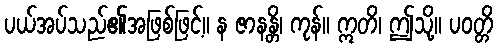
ပယ်အပ်သည်၏အဖြစ်ဖြင့်။ န ဇာနန္တိ၊ ကုန်။ ဣတိ၊ ဤသို့။ ပဝတ္တိ